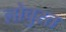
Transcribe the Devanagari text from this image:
लोचुस्त